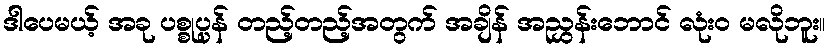
ဒါပေမယ့် အခု ပစ္စုပ္ပန် တည့်တည့်အတွက် အချိန် အညွှန်းဘောင် လုံးဝ မလိုဘူး။